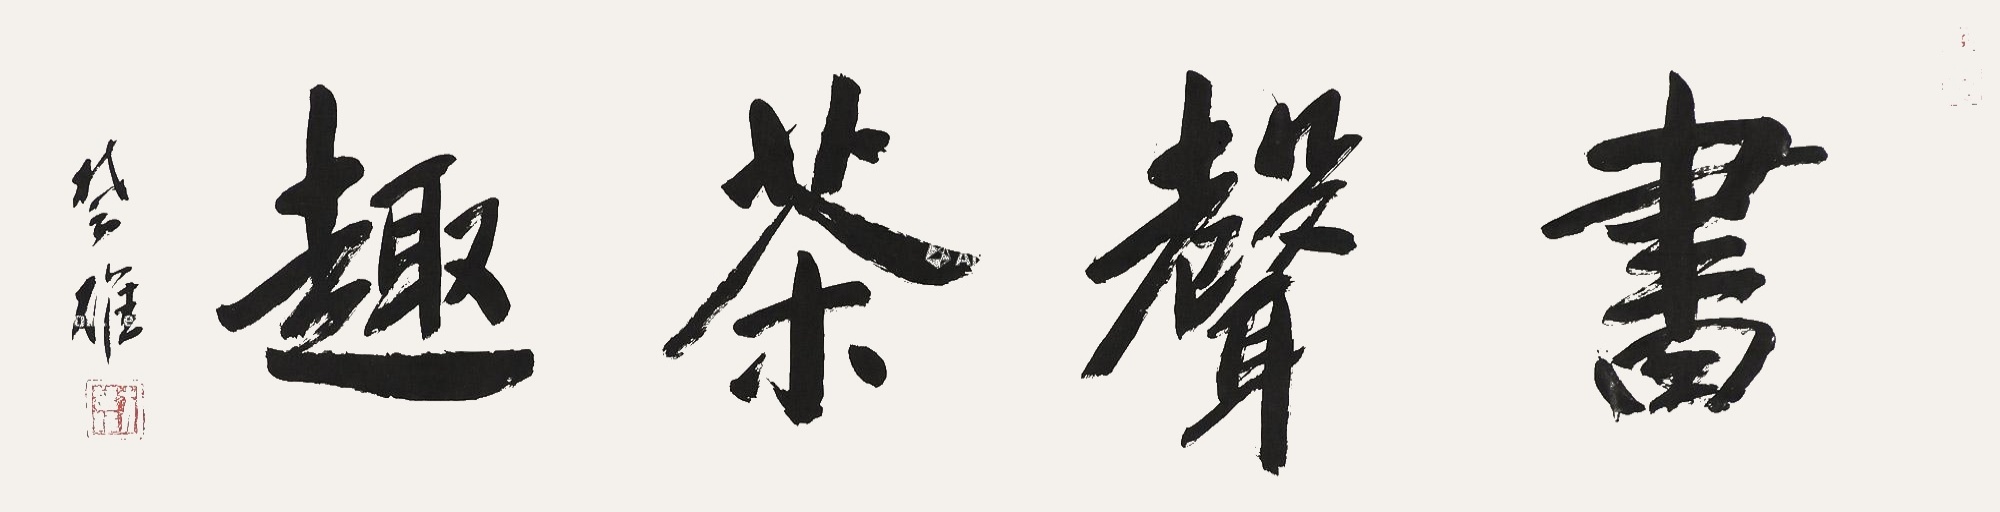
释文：书声茶趣方楚雄